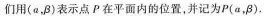
们用(α，β)表示点P在平面内的位置，并记为P(α，β)。